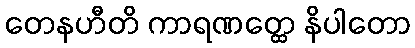
တေနဟီတိ ကာရဏတ္ထေ နိပါတော